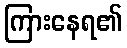
ကြားနေရ၏